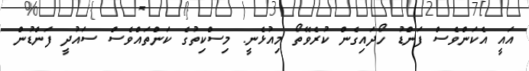
އައީ އެކަންވެސް ފަންޑު ހޯދައިގެން ކުރެވޭތޯ މިއުޅެނީ. މިސްކިތުގެ ކަންތައްވެސް ސައުދީ ފަންޑުން